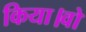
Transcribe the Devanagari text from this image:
किया।वो